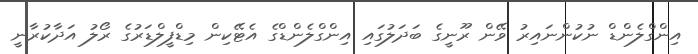
އިންގްލެންޑް ނުކުންނައިރު ވޭން ރޫނީގެ ބަދަލުގައި އިންގްލެންޑްގެ އެޓޭކިން މިޑްފީލްޑަރުގެ ރޯލު އަދާކުރާނީ